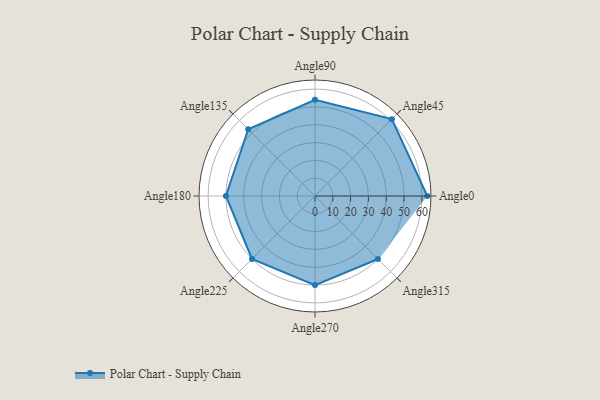
{"axis": {"x": "Angle", "y": "Radius"}, "legend": [""], "data": [{"x": "Angle0", "y": 63.0, "type": ""}, {"x": "Angle45", "y": 61.0, "type": ""}, {"x": "Angle90", "y": 54.0, "type": ""}, {"x": "Angle135", "y": 53.0, "type": ""}, {"x": "Angle180", "y": 50, "type": ""}, {"x": "Angle225", "y": 50, "type": ""}, {"x": "Angle270", "y": 50, "type": ""}, {"x": "Angle315", "y": 50, "type": ""}]}